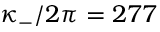
\kappa _ { - } / 2 \pi = 2 7 7